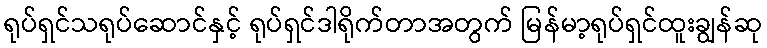
ရုပ်ရှင်သရုပ်ဆောင်နှင့် ရုပ်ရှင်ဒါရိုက်တာအတွက် မြန်မာ့ရုပ်ရှင်ထူးချွန်ဆု